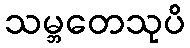
သမ္ဘတေသုပိ